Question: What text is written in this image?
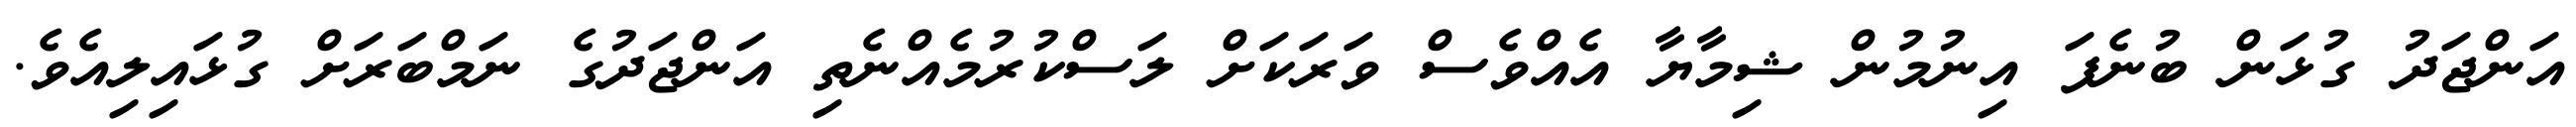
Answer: އަންޖަދު ގުޅަން ބުނެފަ އިނުމުން ޝިމާޔާ އެއްވެސް ވަރަކަށް ލަސްކުރުމެއްނެތި އަންޖަދުގެ ނަމްބަރަށް ގުޅައިލިއެވެ.